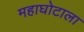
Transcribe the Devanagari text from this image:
महाघोटाला